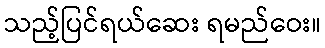
သည့်ပြင်ရယ်ဆေး ရမည်ဝေး။